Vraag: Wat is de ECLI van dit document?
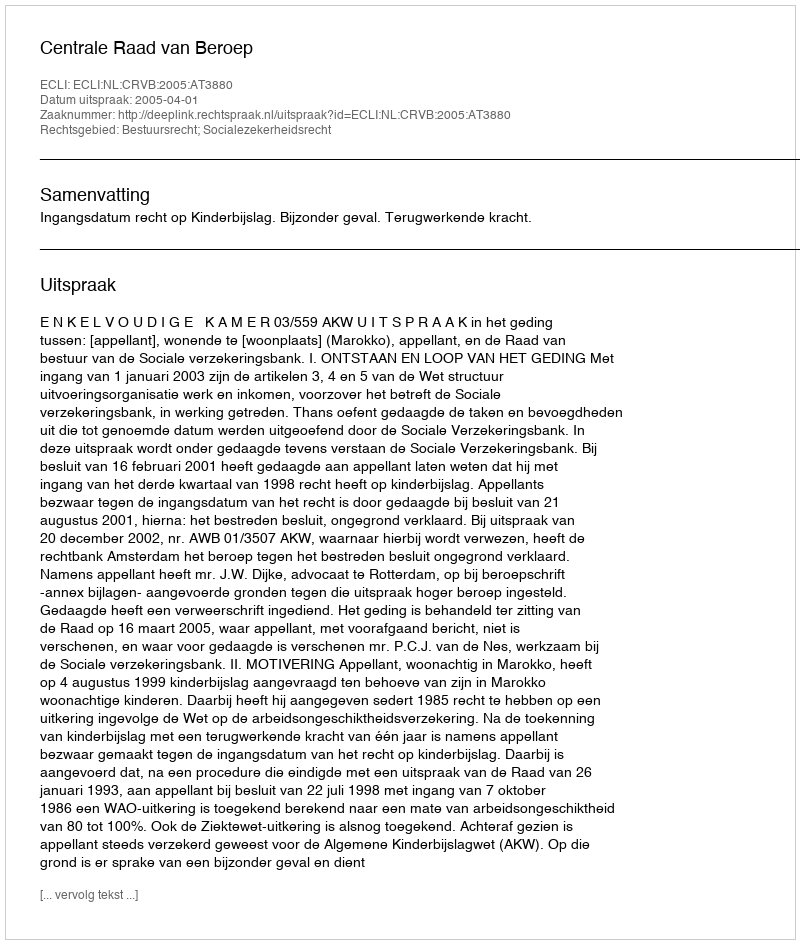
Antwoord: ECLI:NL:CRVB:2005:AT3880